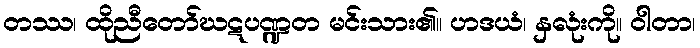
တဿ၊ ထိုညီတော်ဃဋပဏ္ဍတ မင်းသား၏။ ဟဒယံ၊ နှလုံးကို။ ဝါတာ၊